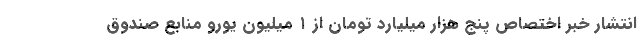
انتشار خبر اختصاص پنج هزار میلیارد تومان از ۱ میلیون یورو منابع صندوق